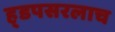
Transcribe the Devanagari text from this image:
ह्डपसरलाच